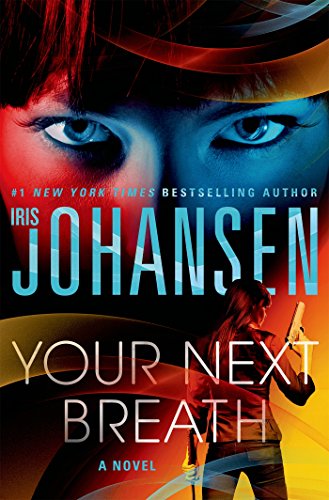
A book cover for Your Next Breath: A Novel; Iris Johansen; Mystery, Thriller & Suspense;